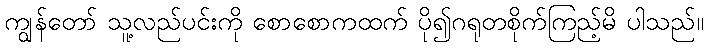
ကျွန်တော် သူ့လည်ပင်းကို စောစောကထက် ပို၍ဂရုတစိုက်ကြည့်မိ ပါသည်။